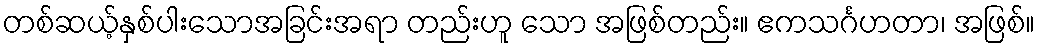
တစ်ဆယ့်နှစ်ပါးသောအခြင်းအရာ တည်းဟူ သော အဖြစ်တည်း။ ဧကသင်္ဂဟတာ၊ အဖြစ်။